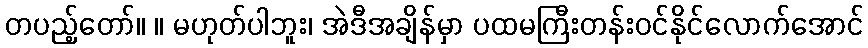
တပည့်တော်။ ။ မဟုတ်ပါဘူး၊ အဲဒီအချိန်မှာ ပထမကြီးတန်းဝင်နိုင်လောက်အောင်